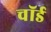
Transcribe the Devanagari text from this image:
चॉर्ड